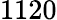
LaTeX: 1120